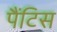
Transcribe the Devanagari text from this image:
पैंटिस